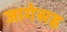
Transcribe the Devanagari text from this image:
जागेसह